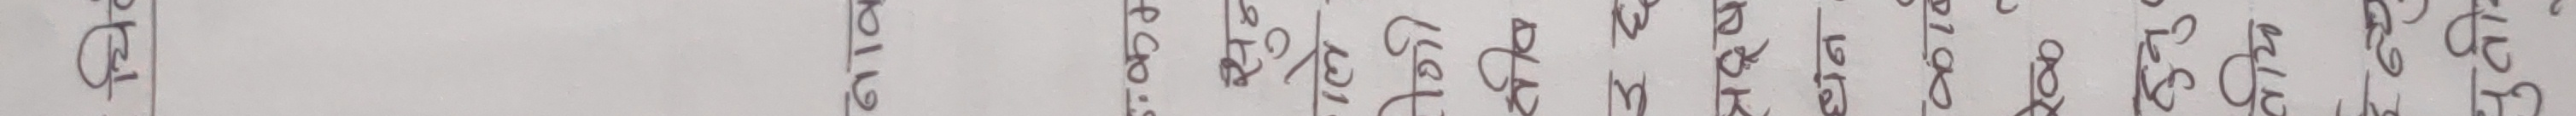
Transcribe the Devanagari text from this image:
को छ